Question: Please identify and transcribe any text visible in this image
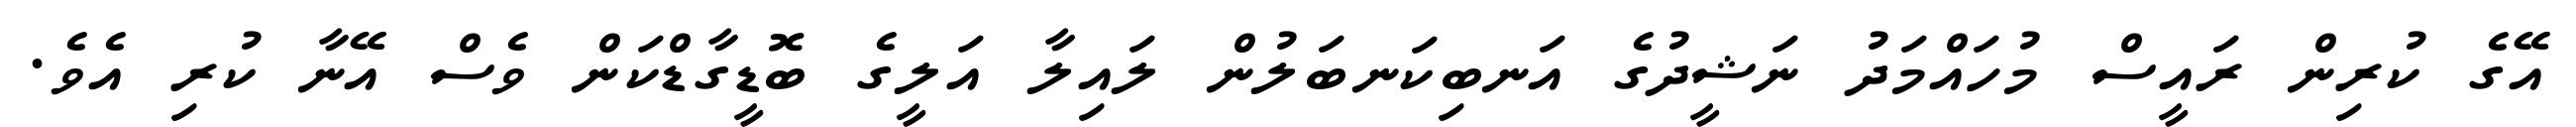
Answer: އޭގެ ކުރިން ރައީސް މުހައްމަދު ނަޝީދުގެ އަނބިކަނބަލުން ލައިލާ އަލީގެ ބޮޑީގާޑްކަން ވެސް އޭނާ ކުރި އެވެ.